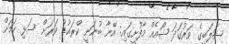
ޝަލަބީގެ ވަރުގަދަ ޝޯއެއް މާފުށީގައި: އޭނާ ބުނަނީ ކްރައުޑް ވަރަށް ސަޅި ކަމަށް